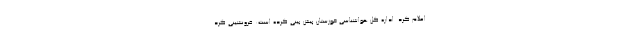
اعلام کرد. اداره کل هواشناسی خوزستان پیش بینی کرده است: فرونشینی گرد